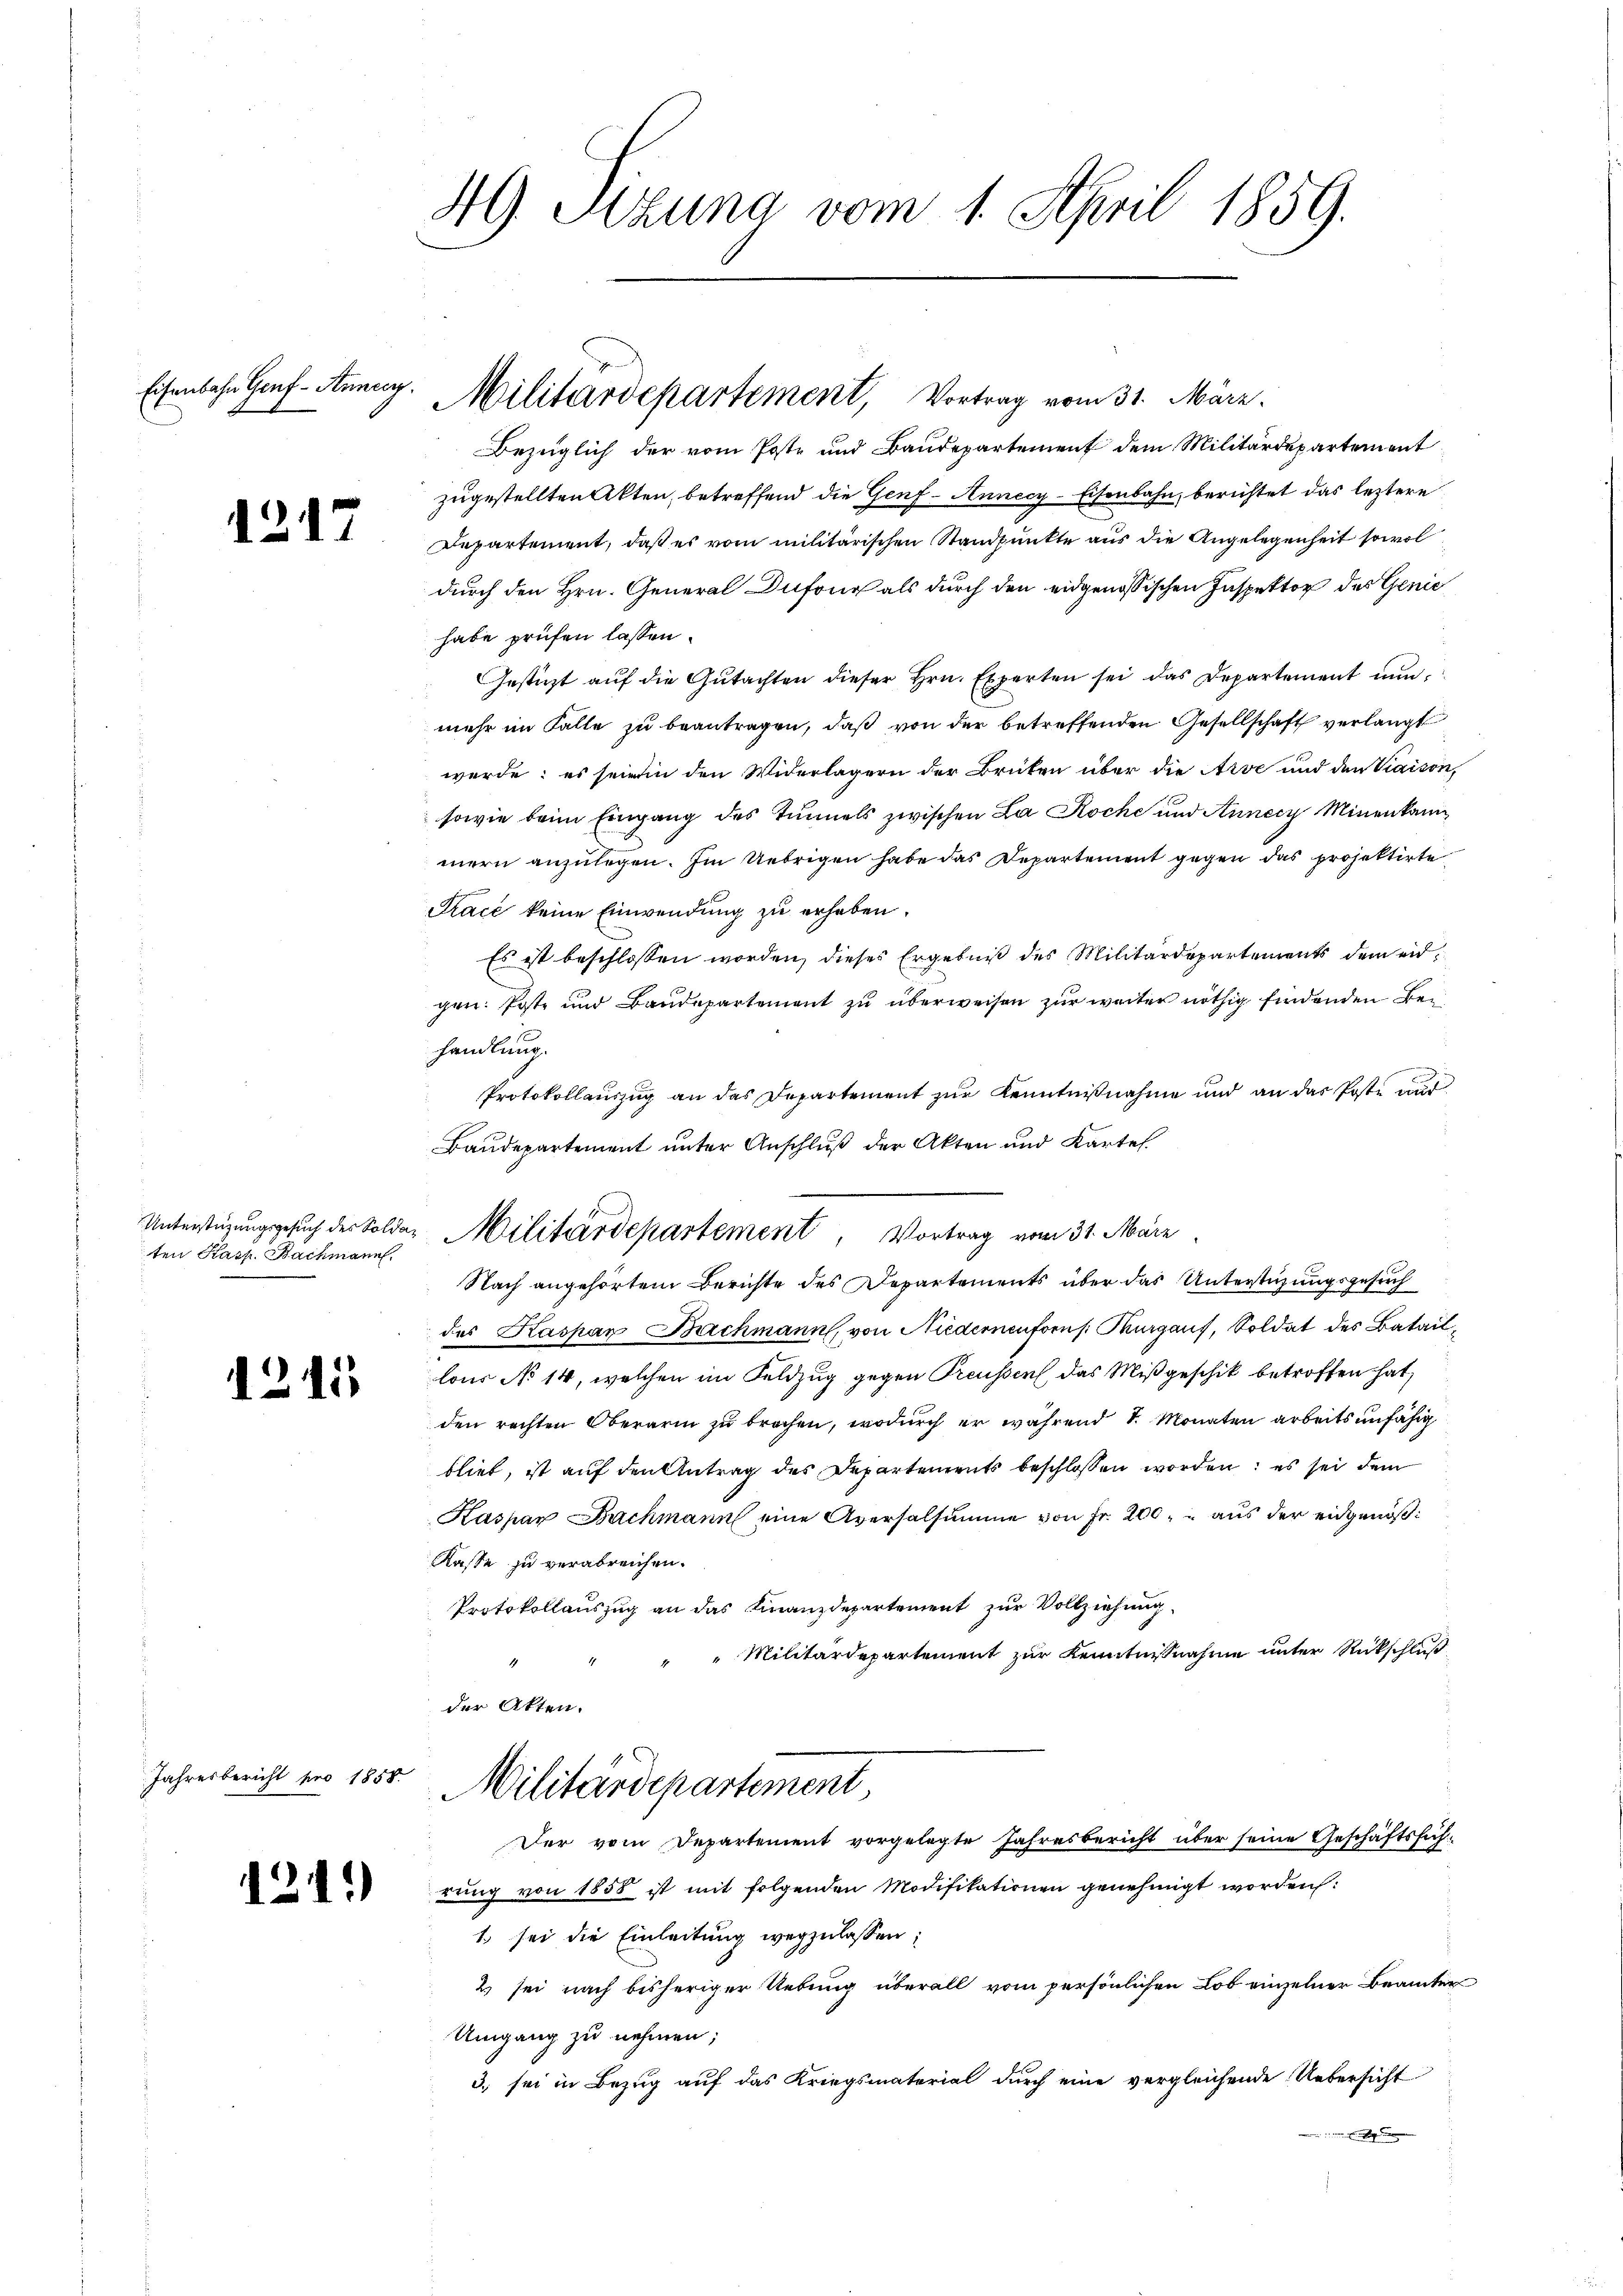
Eisenbahn Genf -Auncey.

1217

ten Kasp. Bachmann.

1241

Jahresbericht pro 1858.

Bezüglich der vom Poste und Baudepartement dem Militärdepartement
zugestellten Akten, betreffend die Genf - Annecy-Eisenbahn, berichtet das leztere
Departement, daß es vom militärischen Standpunkte aus die Angelegenheit sowol
durch den Hrn. General Dufond als durch den eidgenössischen Inspektor des Genić
habe prüfen lassen.
Gestürzt auf die Gutachten dieser Hrn. Experten sei das Departement nun,
mehr im Falle zu beantragen, daß von der betreffenden Gesellschaft verlangt
werde: es sein in den Widerlagern der Brüten über die Arve und den Viaison,
sowie beim Eingang des Tunnels zwischen La Roche und Annecz Minenkam
mern anzulegen. Im Uebrigen habe das Departement gegen das projektirte
Trace keine Einwendung zu erheben.
Es ist beschlossen worden, dieses Ergebniß des Militärdepartements dem eidgen: Poste und Baudepartement zu überweisen zur weiter nöthig findenden Behandlung.
.
Protokollauszug an das Departement zur Kenntnißnahme und an das Poste aus
Baudepartement unter Anschluß der Akten und Kartel.
Nach angehörtem Berichte des Departements über das Unterstüzungsgesuch
des Kaspar Bachmann, von Niedernenforn s. Thurgauf, Soldat des Bataillous No 14, welchen im Feldzug gegen Preussers, das Mißgeschik betroffen hat,
den rechten Oberarm zu brachen, wodurch er während S. Monaten arbeitsunfähig
blieb, ist auf den Antrag des Departements beschlossen worden; es sei dem
Kaspar Bachmann eine Aversalsumme von Fr. 200, aus der eidgenöß¬
Kasse zu verabreichen.
Protokollauszug an das Finanzdepartement zur Vollziehung
" " Militärdepartement zur Kenntnissnahme unter Rückschluß
der Akten.
Militärdepartement,
Der vom Departement vorgelegte Jahresbericht über seine Geschäftsführŭng von 1858 ist mit folgenden Modifikationen genehmigt worden.
1. sei die Einleitung wegzulassen;
2) sei nach bisheriger Uebung überall vom persönlichen Lob einzelner Beamter
Umgang zu nehmen;
3) sei in Bezug auf das Kriegsmaterial durch eine vergleichende Uebersicht
 ich

49. Setzung vom 1. April 1859.

Militärdepartement, Vortrag vom 31. März.

Unterstüzungsgesuch der Solder Militärdepartement, Vortrag vom 31. März